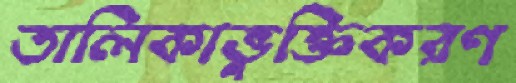
তালিকাভুক্তিকরণ